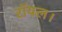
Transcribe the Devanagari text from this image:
रॉयल।